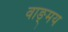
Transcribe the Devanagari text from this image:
वाङ्‍मय